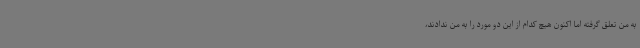
به من تعلق گرفته اما اکنون هیچ کدام از این دو مورد را به من ندادند،